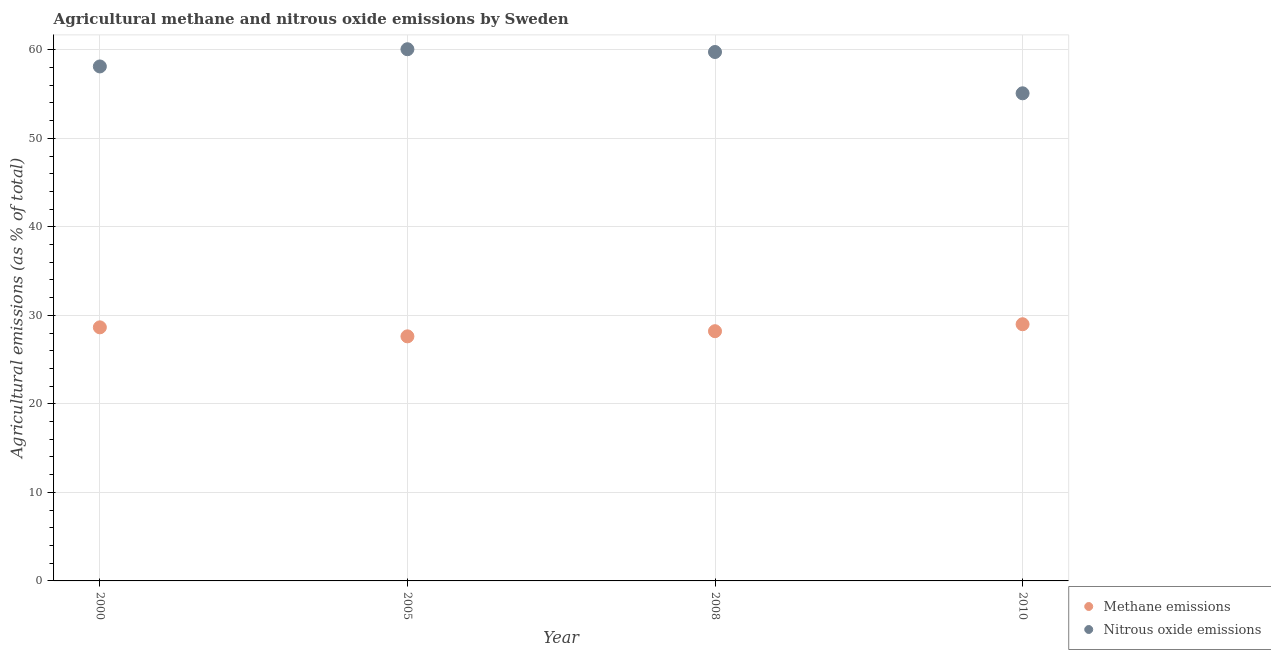
| Year | Methane emissions | Nitrous oxide emissions |
 | --- | --- | --- |
 | 2000 | 28.6 | 58.1 |
 | 2005 | 27.6 | 60.1 |
 | 2008 | 28.2 | 59.8 |
 | 2010 | 29 | 55.1 |